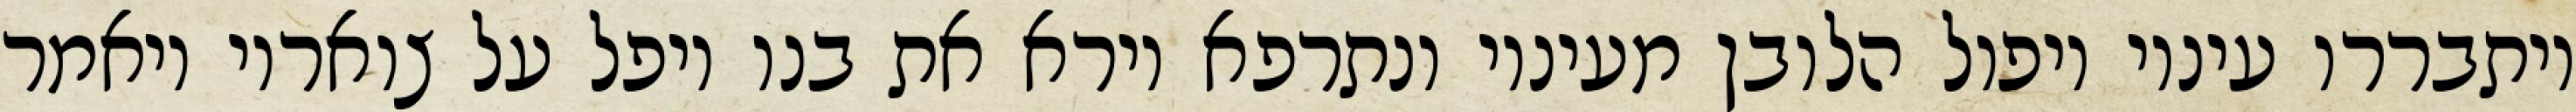
ויתבררו עיניו ויפול הלובן מעיניו ונתרפא וירא את בנו ויפל על צואריו ויאמר